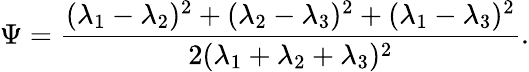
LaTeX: \Psi=\frac{(\lambda_{1}-\lambda_{2})^{2}+(\lambda_{2}-\lambda_{3})^{2}+(\lambda_{1}-\lambda_{3})^{2}}{2(\lambda_{1}+\lambda_{2}+\lambda_{3})^{2}}.